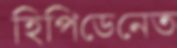
হিপিডেনেত